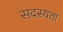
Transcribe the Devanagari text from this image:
सदस्यता